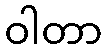
ဝါတာ